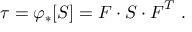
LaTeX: { \boldsymbol { \tau } } = \varphi _ { * } [ { \boldsymbol { S } } ] = { \boldsymbol { F } } \cdot { \boldsymbol { S } } \cdot { \boldsymbol { F } } ^ { T } ~ .